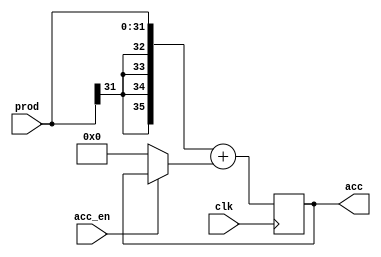
module accumulator(
	input wire clk, 
	input wire [31:0] prod,
    input wire acc_en,
	output reg [35:0] acc
);
	
    always @(posedge clk) begin
		acc <= {{4{prod[31]}},prod[31:0]} + ((acc_en)?acc:0);
	end


endmodule